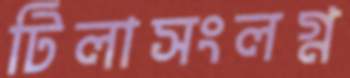
টিলাসংলগ্ন